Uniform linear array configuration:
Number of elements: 16
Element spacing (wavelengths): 0.25
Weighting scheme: uniform
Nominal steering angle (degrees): -45
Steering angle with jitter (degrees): -45.882
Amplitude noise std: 0.05
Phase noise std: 0.05

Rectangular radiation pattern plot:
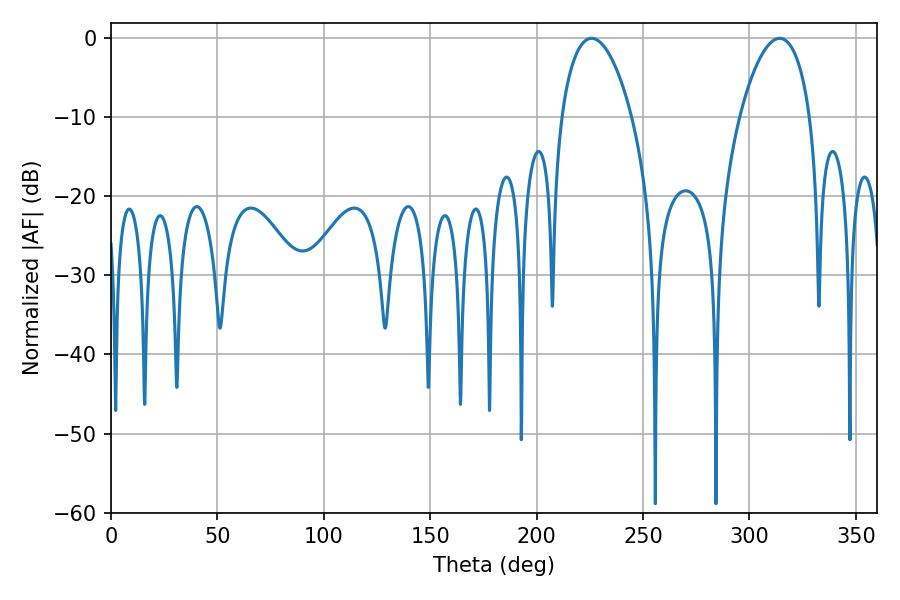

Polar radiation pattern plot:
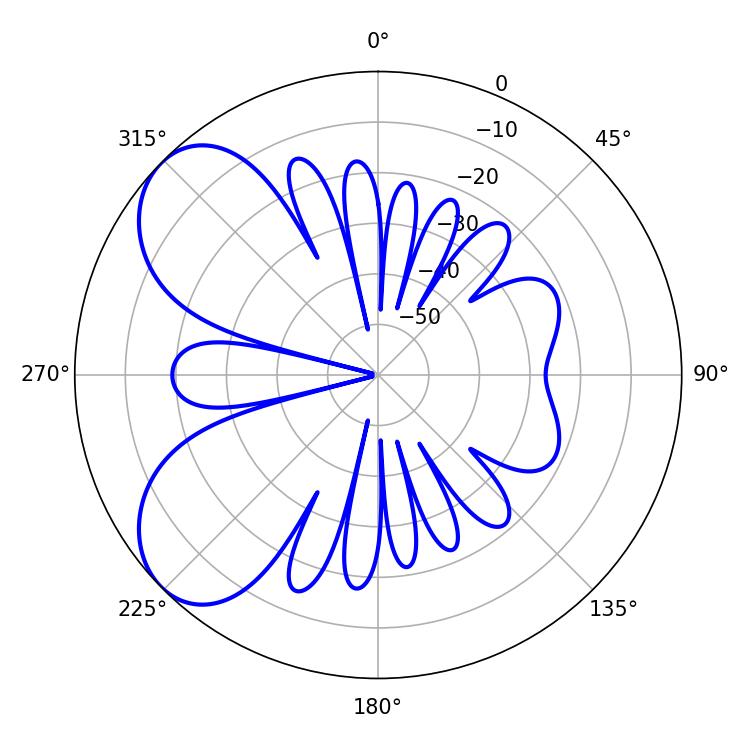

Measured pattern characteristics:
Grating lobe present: FALSE
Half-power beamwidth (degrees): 18.72
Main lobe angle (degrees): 225.9